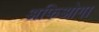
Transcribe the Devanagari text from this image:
अफिओगा